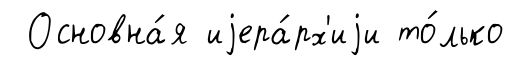
Основна́я иjера́рх'иjи то́лько